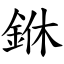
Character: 銝